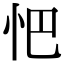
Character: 𢗌